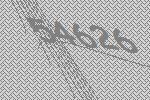
54626